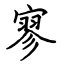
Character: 寥